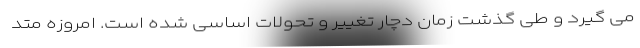
می گیرد و طی گذشت زمان دچار تغییر و تحولات اساسی شده است. امروزه متد